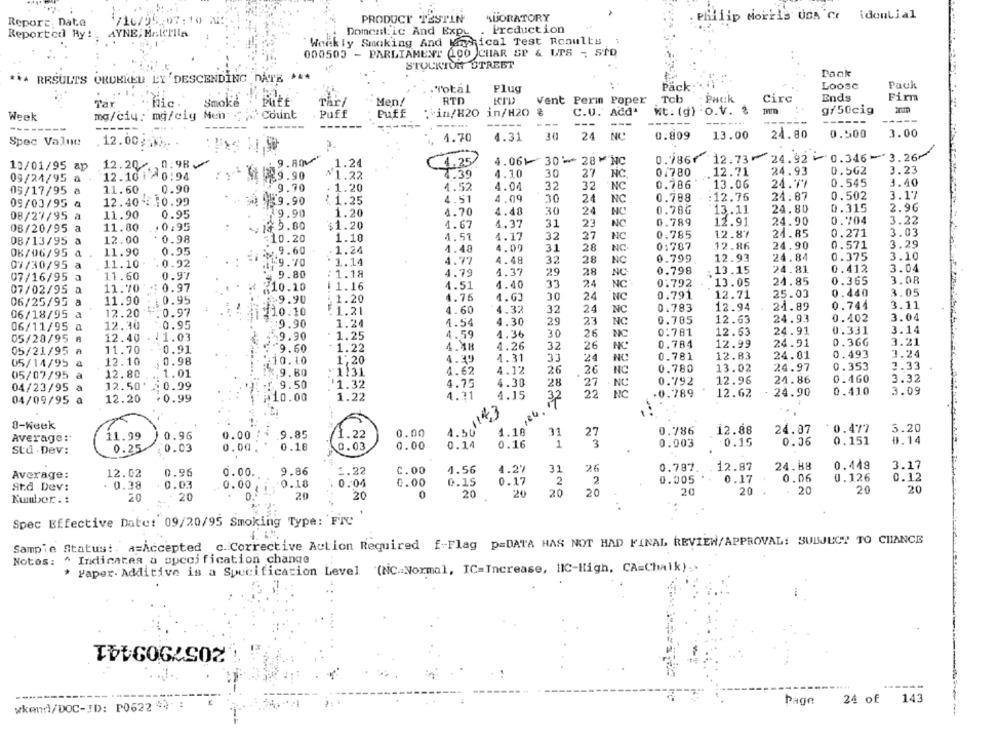
Report, Date
/10/95,07:10 25;
PRODUCT TESTIN
ABORATORY
: Philip Morris USA Cr idontial
Production
Reported Hy!
AYNE; MARTHIA
.
Domestic And Expu
Weekly Smoking And Wichical Test Results
000503 - PARLIAMENT 100 CHAR SP & LTS - STD
STOCKTON STREET
Pack
*** RESULTS ORUKNED L'Y 'DESCENDING DATE >A
Total
Plug
Pack:
Loose
Pack
Firm
Smoke
Tar/
Men!
RTD
Vent Perm Poper
Pack
Circ
Ends
:in/H20 in/H20 %
C.U. Add'
Nt: (g) -o.V. $
g/50cig
Week
mg/ciu: mg/cig Men
Count
Puff
Puff
----
----
-----
---
----
------
------
0.500
3.00
Spec Value
4.70
4.31
30
24 NC
0.809
13.00
24.80
. 12.00:). .
12.20 ,0:98⑇
9.80"
4.061 3028NC
0.786
12.73 24.92 0.346-3.26/
10/01/95 ap
.1.24
1.25
12.71
24.93
0.562
3.23
09/24/95 a
12.101 /0:94
₩ 29.90
$1.22
7.39
4.10
30
27
NC
0.780
4.04
32
32
NC
0.786
13.06
24.77
0.545
3.40
05/17/95 a
11.60
0.90
9.70
. 1.20
4.52
: 1.25
4.51
4.09
30
24
0.788
12.76
24.87
0.502
3.17
05/03/95 A
12.40 : 10.99
59.90
0.315
2.96
08/27/95 à
11.90
0.95
29.90
1.20
4.70
4.48
30
24
NC
0.78G
13.11
24.80
4.37
31
23
NC
0.789
11.91
24.90
0.704
3.22
08/20/95 a
11.80
. 0:95
₩ 19.80
$1.20
4.67
1.10
4.51
4.17
32
27
0.785
12.87
24.85
0.271
3.03
08/13/95 a
12.00
0.98
:10.20
24.90
0.571
3.29
08/06/95 a
11.90
0.95
.9.60
1.24
4.48
4.00
31
28
NC
0:787
12.86
4.77
4.48
32
28
NC
0.799
12.93
24.84
0.375
3.10
07/30/95
a
11.10
0.92
19.70
1.14
3.04
0.97
9.80
: 1.18
4.79
4.37
29
28
NC
0.798
13.15
24.81
0.412
07/16/95
11.60
24
NC
0:792
13.05
24.85
0.365
3.08
07/02/95 a
11.70
0.97
$10.10
1.16
4.51
4.40
33
4.76
4.63
30
24
0.791
12.71
25.03
0.440
3.05
06/25/95 a
11.90
0.95
£9.90
1.20
NC
0.744
3.11
210.10
$1.21
4.60
4.32
32
24
NC
0.783
12.94
21.89
06/18/95
12.20
0.97
23
0.785
12.63
24.93
0.402
3.04
06/11/95 a
12.30
0.95
9.90
1.24
4.54
4.30
29
NC
4.59
1.36
30
26
0:781
12.63
24.91
0.331
3.14
05/28/95 A
12.40
:1.03
9.90
1.25
NC
0.36G
3.21
0.91
'9.60
1.22
4.18
4.26
32
26
NC
0.784
12.99
24.91
05/21/95 A
11.70
24
0.781
12.83
24.01
0.493
3.24
05/14/95 a
12.10
0.98
10.10
1,20
4.30
4.31
33
NC
9.80
"1131
4.62
4.12
26
20
NC
0.780
13.02
24.97
0.353
3.33
05/07/95
a
12.80
1.01
24.86
0.460
3.32
12.50'
: 0.99
9.50
1.32
4.75
4.30
28
27 NC
NC
0.792
12.96
04/23/95
4.15
22 NC
.0.789
12.62
24.90
0.410
3.09
04/09/95 a
12.20
: 0.99
@10.00
1.22
4.31
1.50143
0-Week
1.10
31
0.786
12.88
24.07
:0.477
3.20
Average:
11.99
0.96
0.00
9.85
1.22
0.00
27
0.18
10.03
0.00
0.14
0.16
1
3
0.003
:0.15
0.36
0.151
0.14
Std . Dev:
0.25
0.03
0.00 .
31
26
0.787.
12.87
24.88
0.448
3.17
Average:
12.02
0.96
0.00.
9.86
1.22
C.00
4.56
4.27
0.04
0.00
0.15
0.17
2
2
0.005
0.17
0.06
0.126
0.12
Atd Dev:
. 0.38
0.03
0.00
0.18
20
20
20
20
20
20
20
20
20
20
20
Kumbor . :
20
Spec Effective Date: 09/20/95 Smoking Type: FTC
Sampie Status !. a=Accepted c. Corrective Action Required f-Flag p=DATA HAS NOT HAD FINAL REVIEW/APPROVAL: SUBJECT TO CHANCE
Notes: ^ Indicates a specification change
* Paper. Additive is a Specification Level (NC=Normal, IC=Increase, HIC-High, CA=Chalk).
2057909441
14
Page
24 of
wkend/DOC-ID: P0622 %):